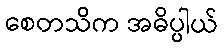
စေတသိက အဓိပ္ပါယ်